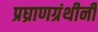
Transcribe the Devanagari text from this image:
प्रघ्राणग्रंथीनी